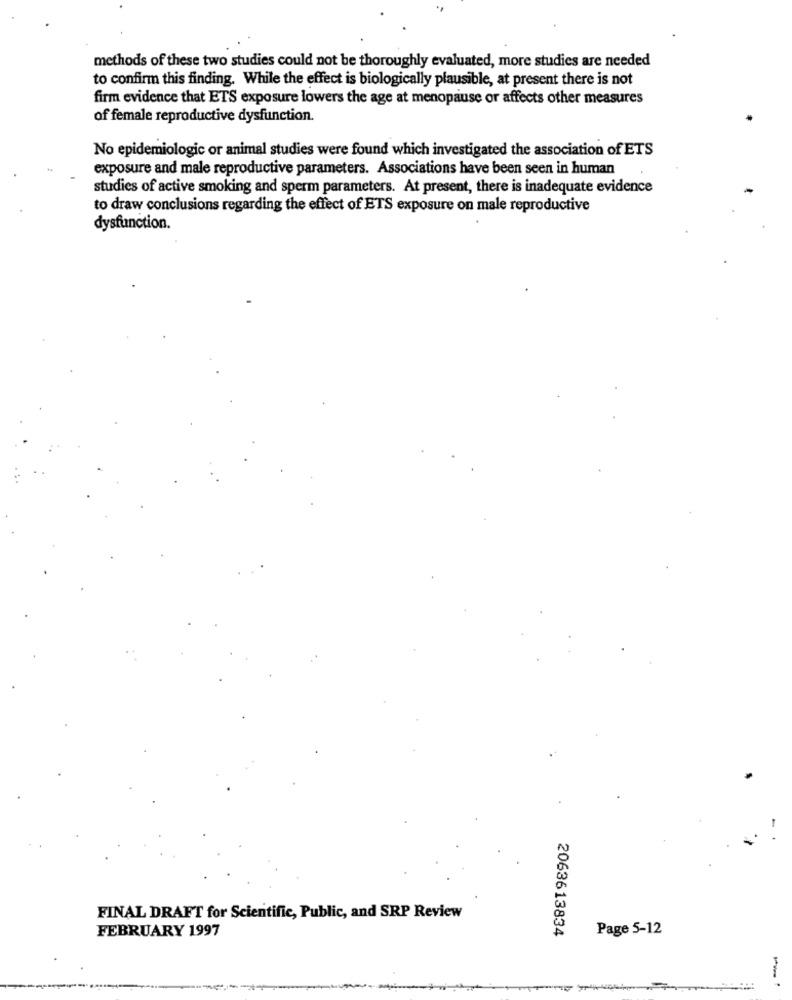
methods of these two studies could not be thoroughly evaluated, more studies are needed
to confirm this finding. While the effect is biologically plausible, at present there is not
firm evidence that ETS exposure lowers the age at menopause or affects other measures
of female reproductive dysfunction.
No epidemiologic or animal studies were found which investigated the association of ETS
exposure and male reproductive parameters. Associations have been seen in human
studies of active smoking and sperm parameters. At present, there is inadequate evidence
to draw conclusions regarding the effect of ETS exposure on male reproductive
dysfunction.
FINAL DRAFT for Scientific, Public, and SRP Review
FEBRUARY 1997
2063613834
Page 5-12